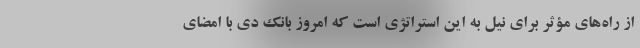
از راه‌های مؤثر برای نیل به این استراتژی است که امروز بانک دی با امضای